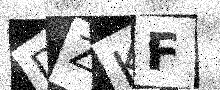
Text: DZKF